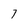
Character: 7